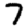
Digit: 7